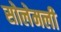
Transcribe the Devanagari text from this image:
सोलेमली